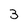
Character: 3